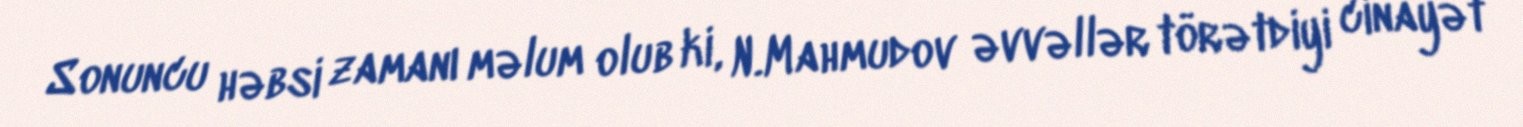
Sonuncu həbsi zamanı məlum olub ki, N.Mahmudov əvvəllər törətdiyi cinayət